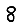
Digit: 8